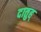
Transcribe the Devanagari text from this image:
दातुह्